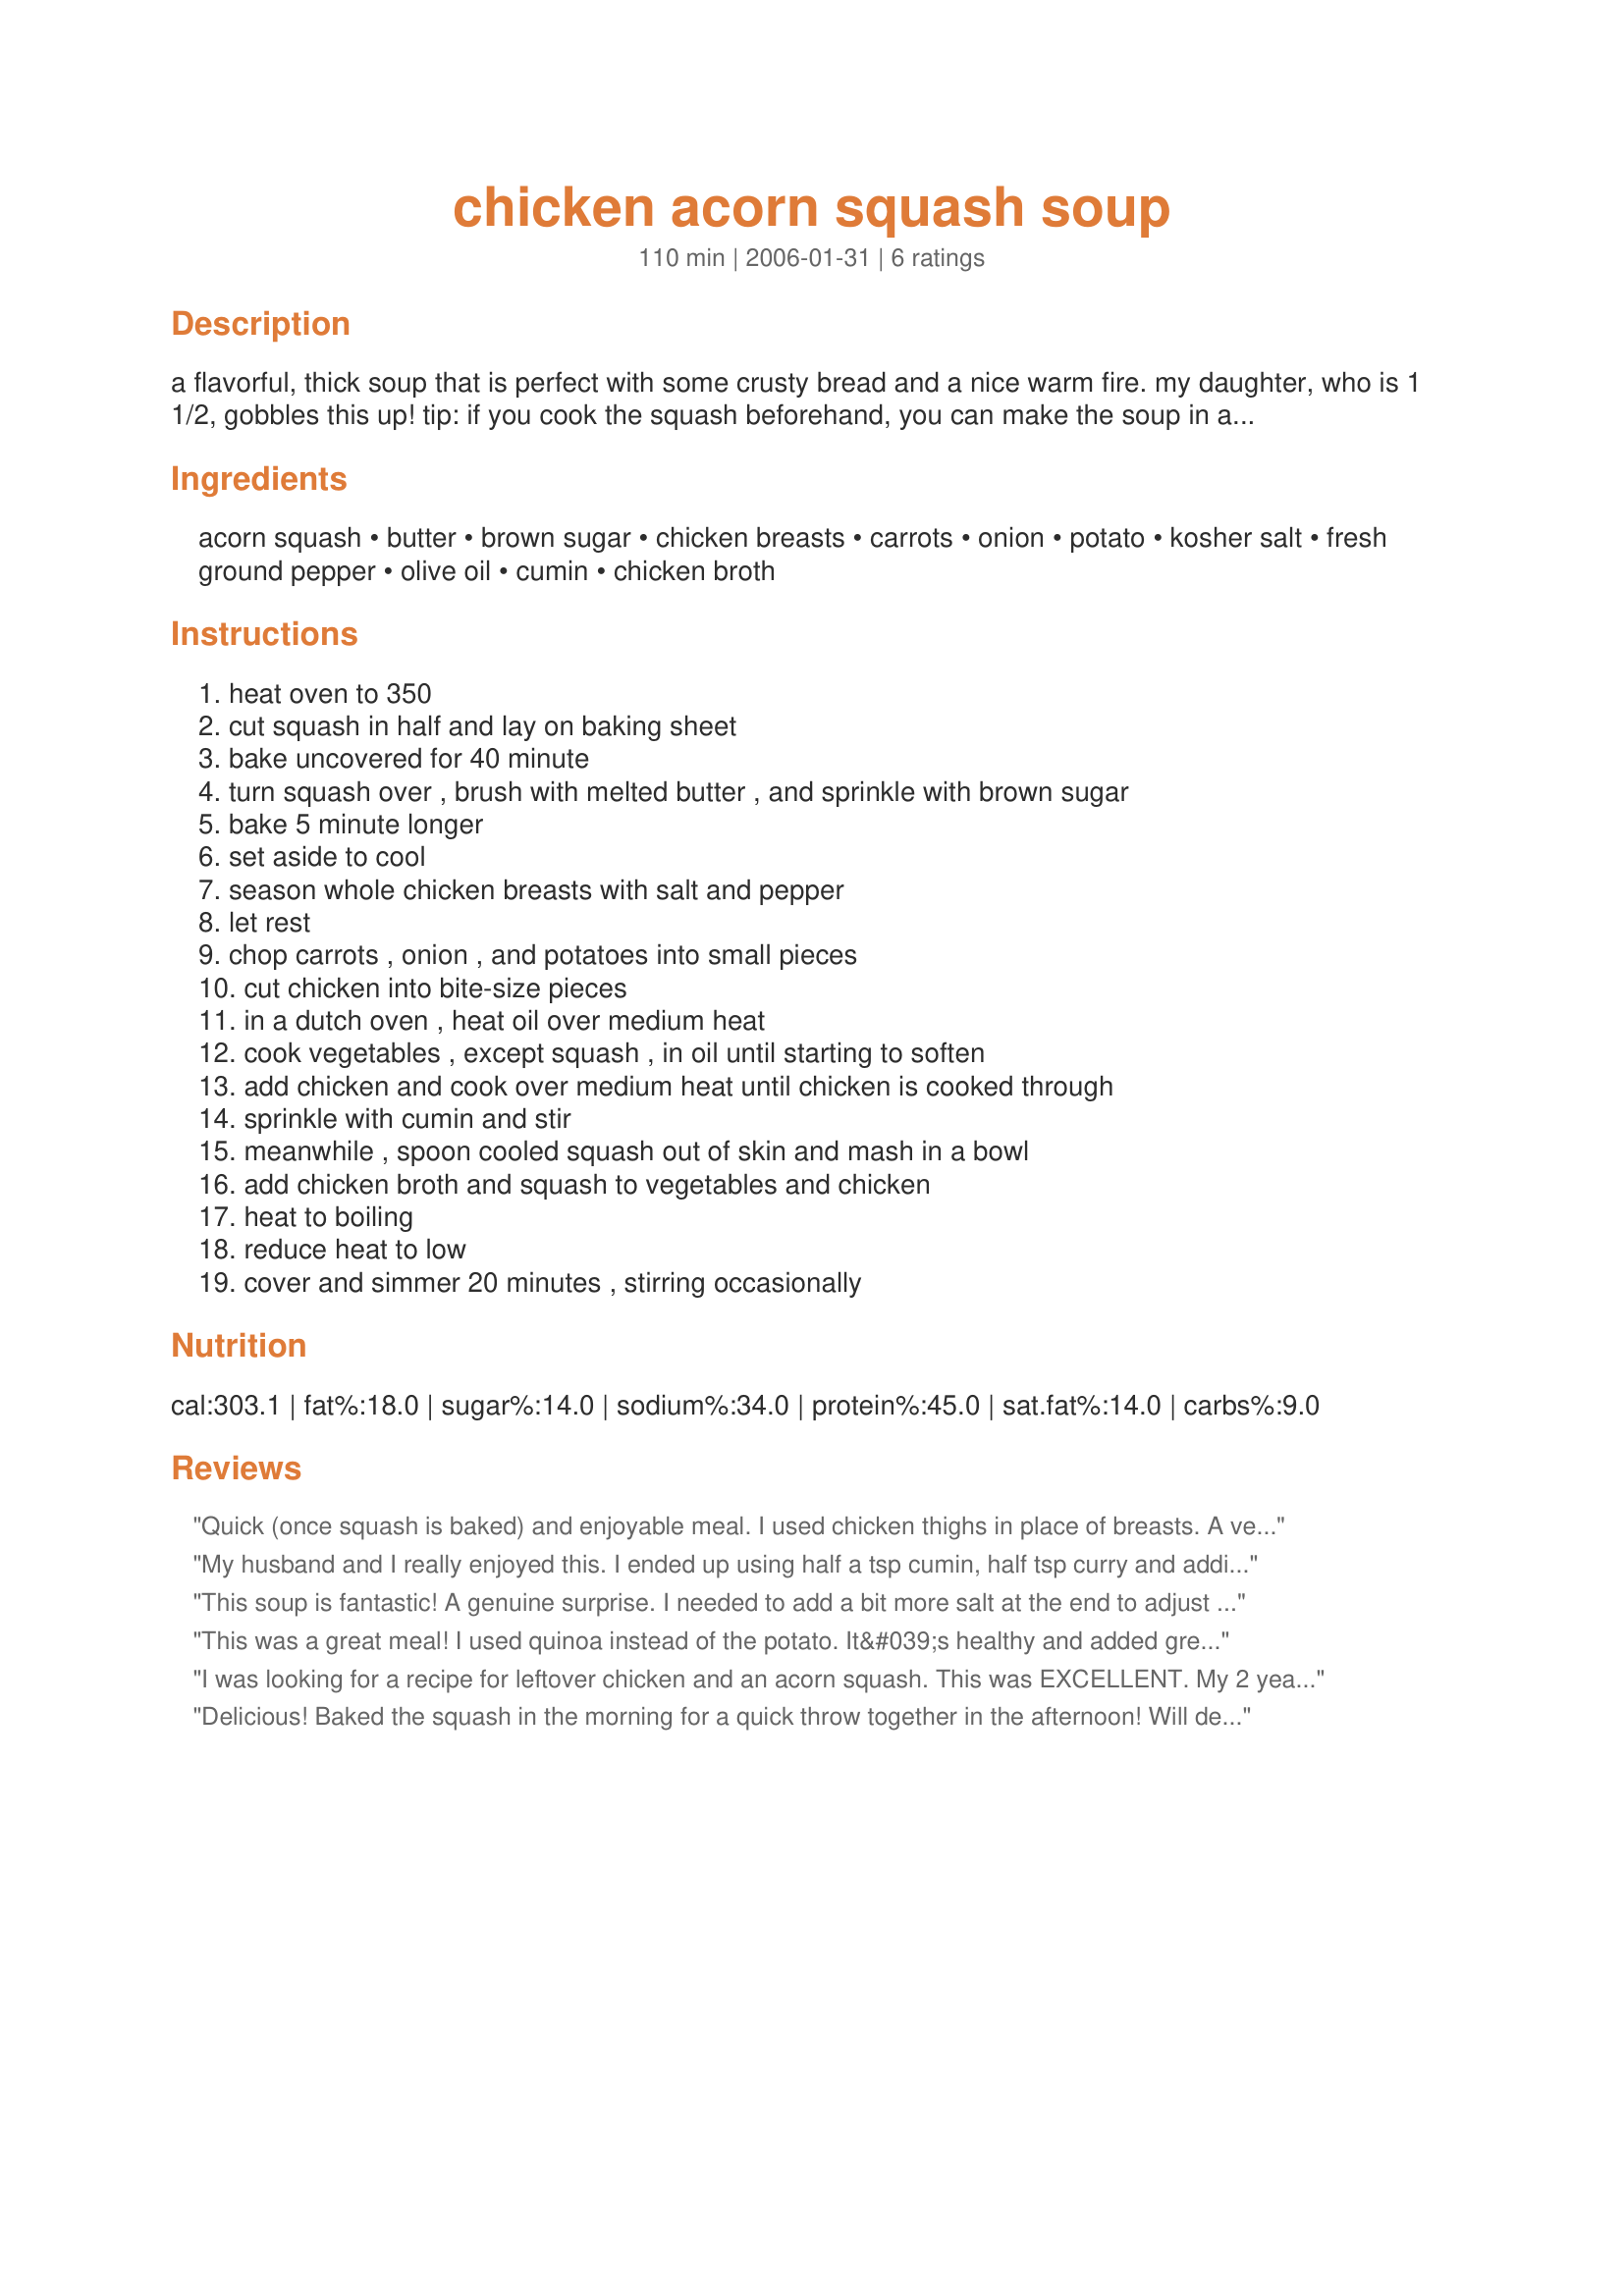
chicken acorn squash soup
Preparation time: 110 minutes

a flavorful, thick soup that is perfect with some crusty bread and a nice warm fire. my daughter, who is 1 1/2, gobbles this up! tip: if you cook the squash beforehand, you can make the soup in about an hour.

Ingredients:
acorn squash, butter, brown sugar, chicken breasts, carrots, onion, potato, kosher salt, fresh ground pepper, olive oil, cumin, chicken broth

Steps:
heat oven to 350, cut squash in half and lay on baking sheet, bake uncovered for 40 minute, turn squash over , brush with melted butter , and sprinkle with brown sugar, bake 5 minute longer, set aside to cool, season whole chicken breasts with salt and pepper, let rest, chop carrots , onion , and potatoes into small pieces, cut chicken into bite-size pieces, in a dutch oven , heat oil over medium heat, cook vegetables , except squash , in oil until starting to soften, add chicken and cook over medium heat until chicken is cooked through, sprinkle with cumin and stir, meanwhile , spoon cooled squash out of skin and mash in a bowl, add chicken broth and squash to vegetables and chicken, heat to boiling, reduce heat to low, cover and simmer 20 minutes , stirring occasionally

Reviews:
Quick (once squash is baked) and enjoyable meal. I used chicken thighs in place of breasts. A very nice way to present acorn squash, and it's thick, but not overly thick. We, too, enjoyed this with crusty bread, beside a nice warm fire in the fireplace!
My husband and I really enjoyed this. I ended up using half a tsp cumin, half tsp curry and adding a little cinnamon as well. I blended the squash and the broth together in the blender which may have made it thinner than I had expected it. I then served it over rice. I was quite concerned because my husband is not a squash lover, so I gave him just a little to start. He commented that it was like a light, less oily version of curry and helped himself to several servings. My kids enjoyed the rice, but they are still developing a decent pallet.
This soup is fantastic! A genuine surprise. I needed to add a bit more salt at the end to adjust the flavor. I did this after I pur&eacute;ed a bowl for my 7 month old. My baby girl loves it. This recipe is a keeper.
This was a great meal! I used quinoa instead of the potato. It&#039;s healthy and added great texture to the soup.
I was looking for a recipe for leftover chicken and an acorn squash. This was EXCELLENT. My 2 year old son and husband loved it as well. I will definitely make it again. I skipped the cumin and added a tsp. of vanilla. We had it with garlic bread. Delicious - thank you :)

We also roasted the squash seeds at 300 F for 20 minutes with salt and olive oil - good for any squash seeds - yummy!
Delicious! Baked the squash in the morning for a quick throw together in the afternoon! Will definitely make this again and pass the recipe on to friends.
